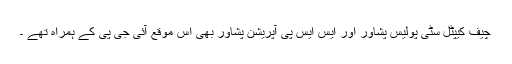
چیف کیپٹل سٹی پولیس پشاور اور ایس ایس پی آپریشن پشاور بھی اس موقع آئی جی پی کے ہمراہ تھے ۔